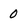
Character: 0